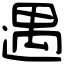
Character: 遇